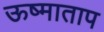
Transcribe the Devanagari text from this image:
ऊष्माताप